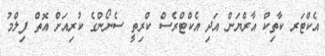
އެކްޓަރ ކާތިކް އާރްޔަން އަދި އެކްޓްރެސް ކްރިތީ ސެނޯންގެ ކުރިއަށް އޮތް ފިލްމު